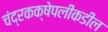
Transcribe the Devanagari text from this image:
चंद्रकक्षेपलीकडील